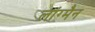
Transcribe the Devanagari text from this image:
लांग्मैन